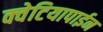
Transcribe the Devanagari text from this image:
क्वेटियापाईन